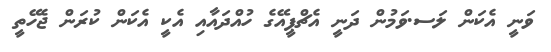
ވަނީ އެކަން ލަސ.ވަމުން ދަނީ އެޗްޕީއޭގެ ހުއްދައާއި އެކީ އެކަން ކުރަން ޖެހޭތީ